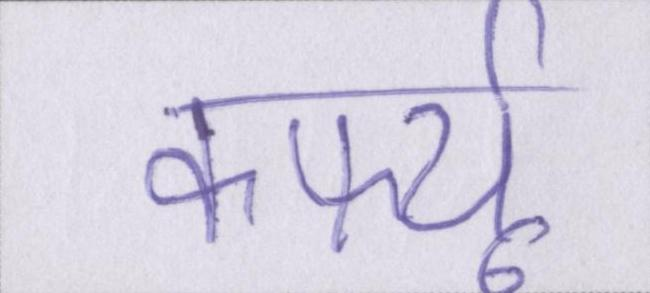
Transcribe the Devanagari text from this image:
कर्फ्यू